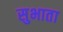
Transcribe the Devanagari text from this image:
सुभाता